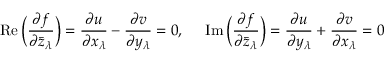
\operatorname { R e } { \biggl ( } { \frac { \partial f } { \partial { \bar { z } } _ { \lambda } } } { \biggr ) } = { \frac { \partial u } { \partial x _ { \lambda } } } - { \frac { \partial v } { \partial y _ { \lambda } } } = 0 , \ \ \ \ \operatorname { I m } { \biggl ( } { \frac { \partial f } { \partial { \bar { z } } _ { \lambda } } } { \biggr ) } = { \frac { \partial u } { \partial y _ { \lambda } } } + { \frac { \partial v } { \partial x _ { \lambda } } } = 0